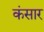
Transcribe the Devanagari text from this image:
कंसार